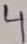
Text: 4